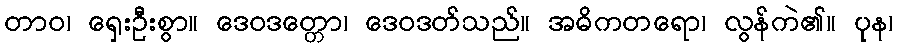
တာဝ၊ ရှေးဦးစွာ။ ဒေဝဒတ္တော၊ ဒေဝဒတ်သည်။ အဓိကတရော၊ လွန်ကဲ၏။ ပုန၊